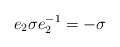
\begin{align*}e_2 \sigma e_2^{-1} = -\sigma\end{align*}